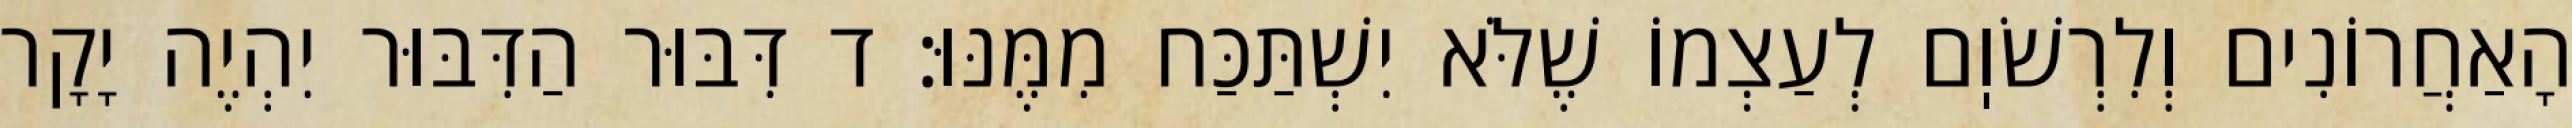
הָאַחֲרוֹנִים וְלִרְשֹׁוֽם לְעַצְמוֹ שֶׁלֹּא יִשְׁתַּכַּח מִמֶּנּוּ: ד דִּבּוּר הַדִּבּוּר יִהְיֶה יָקָר